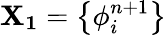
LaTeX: \mathbf{X_{1}}=\left\{ \phi_{i}^{n+1}\right\}